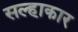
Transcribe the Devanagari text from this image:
सल्हाकार